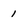
Character: 1